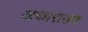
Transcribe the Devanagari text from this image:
अकाराउत